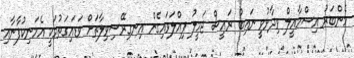
މެންބަރު އިސްމާއީލް ވިދާޅުވީ ނައިބު ރައީސް ޖަމީލު ފިއްލަވައިގެން އިނގިރޭސިވިލާތަށް ވަޑައިގަތުމަކީ އެމަނިކުފާނާއި